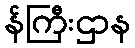
န်ကြီးဌာန